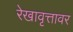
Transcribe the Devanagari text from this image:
रेखावृत्तावर